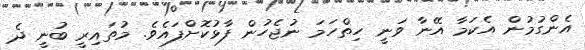
އެންގުމުން އެކަމާ އޭނާ ވަނީ ހިތްހަމަ ނުޖެހުން ފާޅުކޮށްފައެވެ. މުތައިރީ ބުނީ ދެ